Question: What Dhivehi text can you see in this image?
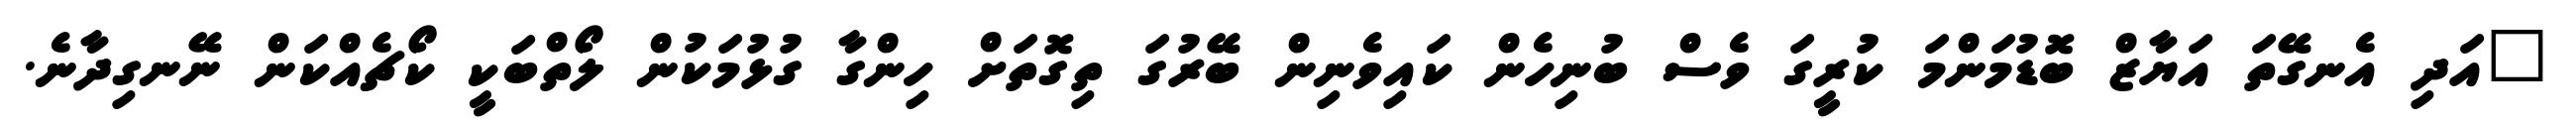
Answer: "އަދި އެނގޭތަ އަޔާޒް ބޮޑުމަންމަ ކުރީގަ ވެސް ބުނިހެން ކައިވެނިން ބޭރުގަ ތިގޮތަށް ހިންގާ ގުޅުމަކުން ލޯތްބަކީ ކޯޗެއްކަން ނޭނގިދާނެ.